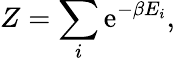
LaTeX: Z=\sum_{i}\mathrm{e}^{-\beta E_{i}},